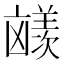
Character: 𪞼